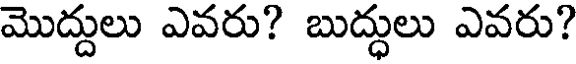
మొద్దులు ఎవరు? బుద్ధులు ఎవరు?